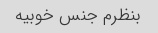
بنظرم جنس خوبیه